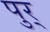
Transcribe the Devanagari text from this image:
पुर्